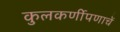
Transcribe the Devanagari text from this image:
कुलकर्णीपणाचें